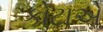
કોટાએ